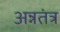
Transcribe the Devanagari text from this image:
अन्नतंत्र